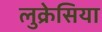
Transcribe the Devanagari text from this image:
लुक्रेसिया